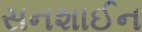
સનશાઈન